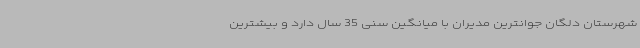
شهرستان دلگان جوانترین مدیران با میانگین سنی 35 سال دارد و بیشترین